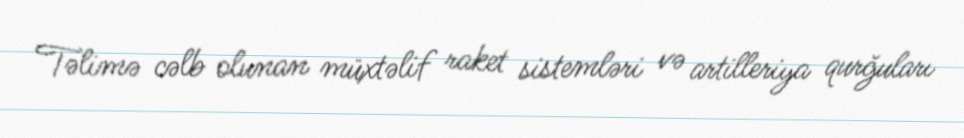
Təlimə cəlb olunan müxtəlif raket sistemləri və artilleriya qurğuları